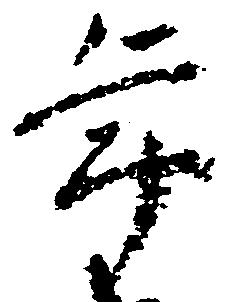
年